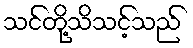
သင်တို့သိသင့်သည်